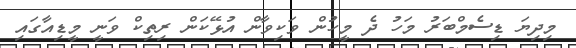
މިދިޔަ ޑިސެމްބަރު މަހު ދެ މީހުން ވަކިވާން އުޅޭކަން ރިތިކް ވަނީ މީޑިއާގައި